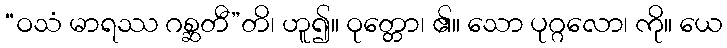
“ဝသံ မာရဿ ဂစ္ဆတီ”တိ၊ ဟူ၍။ ဝုတ္တော၊ ၏။ သော ပုဂ္ဂလော၊ ကို။ ယေ